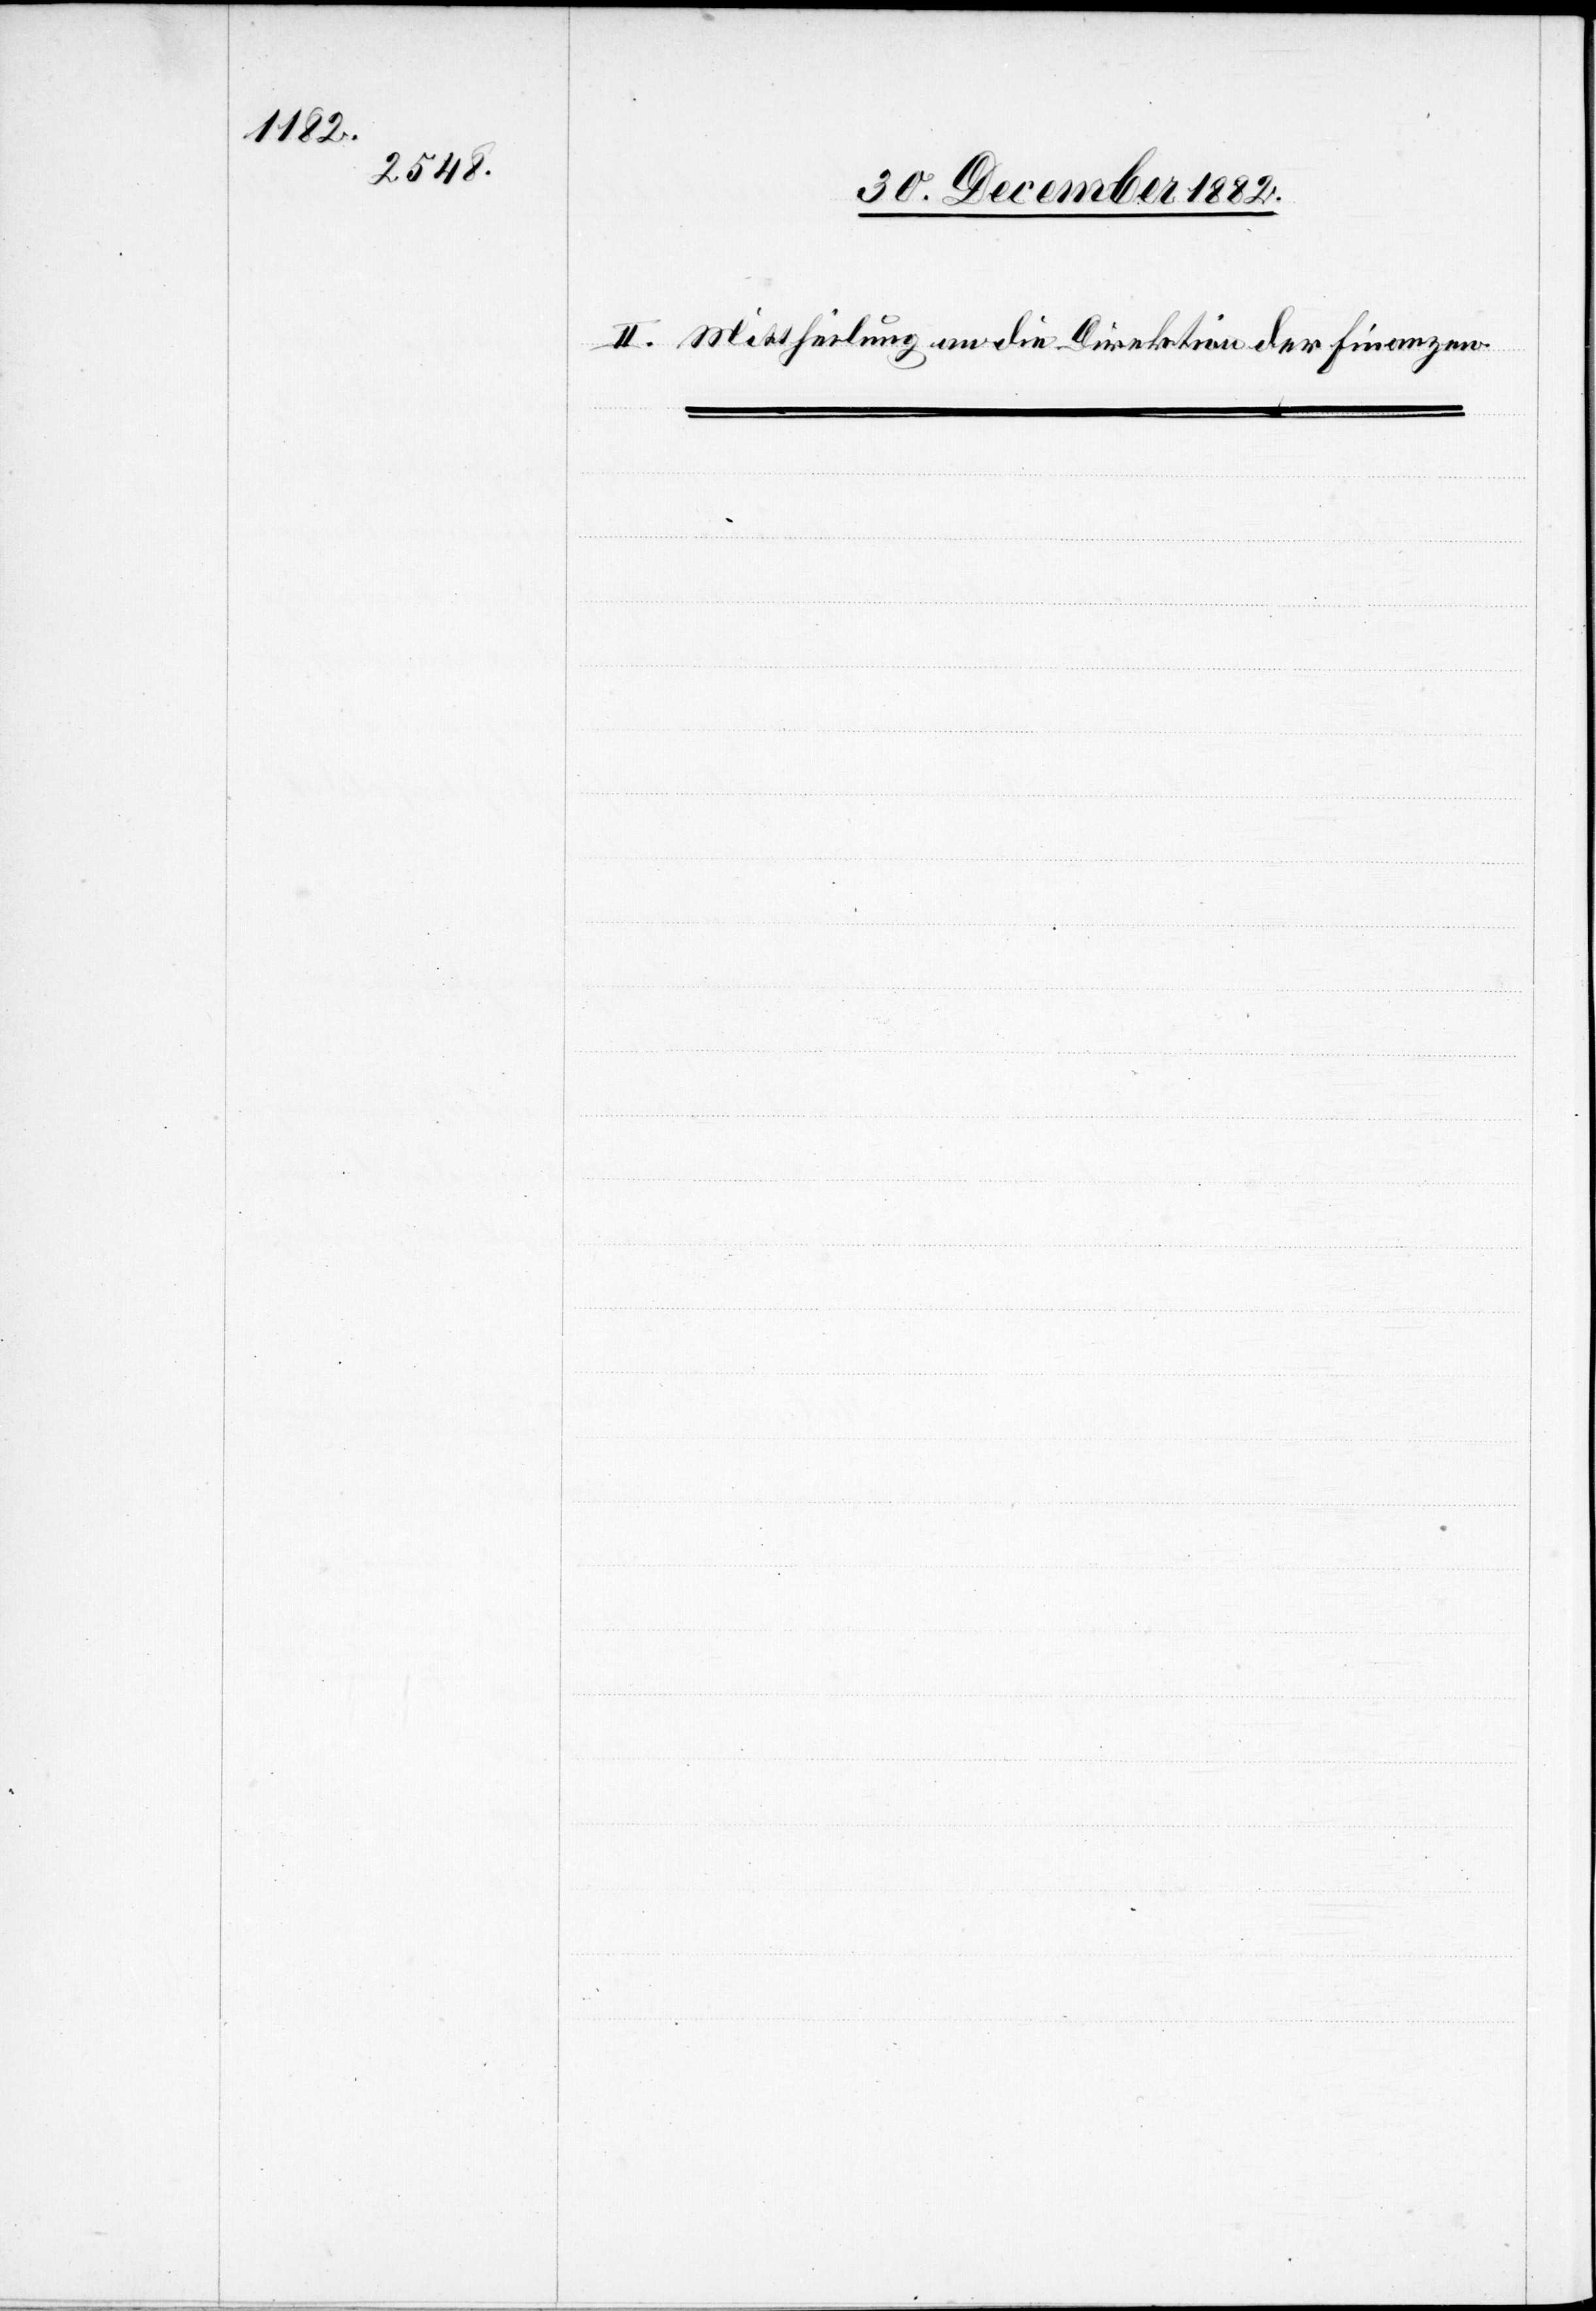
II. Mittheilung an die Direktion der Finanzen.